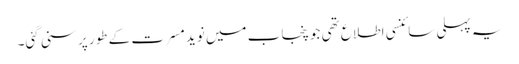
یہ پہلی سائنسی اطلاع تھی جو پنجاب میں نویدِ مسرت کے طور پر سنی گئی۔